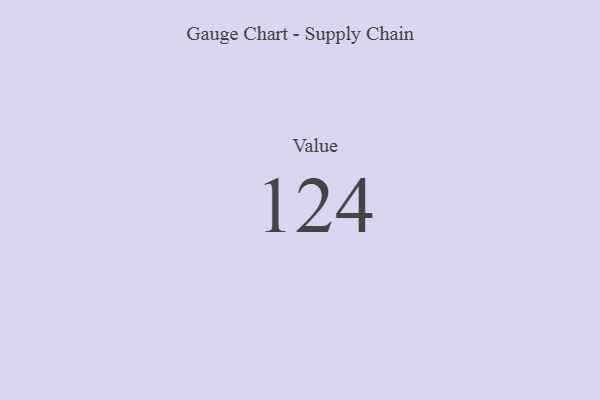
{"axis": {"x": "Metric", "y": "Value"}, "legend": [""], "data": [{"x": "Value", "y": 124, "type": ""}]}